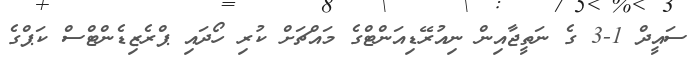
ސައީދް 1-3 ގެ ނަތީޖާއިން ނިއުރޭޑިއަންޓްގެ މައްޗަށް ކުރި ހޯދައި ޕްރެޒިޑެންޓްސް ކަޕްގެ